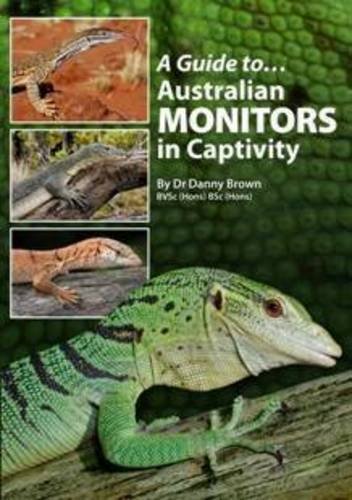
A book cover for A Guide to Australian Monitors in Captivity; Danny Brown; Crafts, Hobbies & Home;